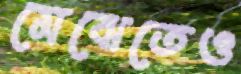
মেঝেতেও